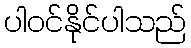
ပါဝင်နိုင်ပါသည်